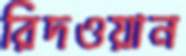
রিদওয়ান